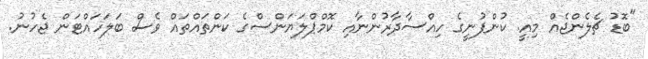
"ބޮޑު ޗެލެންޖެއް މިއީ. ކުންފުނީގެ ހިއްސާދާރުންނާއި ކޮމްޕްލަޔަންސްގެ ކަންތައްތައް ވެސް ބަލަހައްޓަން ޖެހުނު.